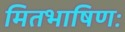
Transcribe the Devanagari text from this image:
मितभाषिणः